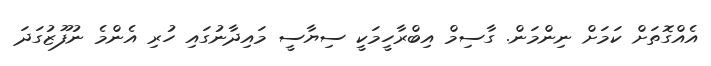
އެއްގޮތަށް ކަމަށް ނިންމަން. ގާސިމް އިބްރާހީމަކީ ސިޔާސީ މައިދާނުގައި ހުރި އެންމެ ނުފޫޒުގަދަ